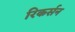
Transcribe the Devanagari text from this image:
रिकर्सन